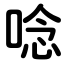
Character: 唸